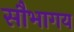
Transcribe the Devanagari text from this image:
सौभागय